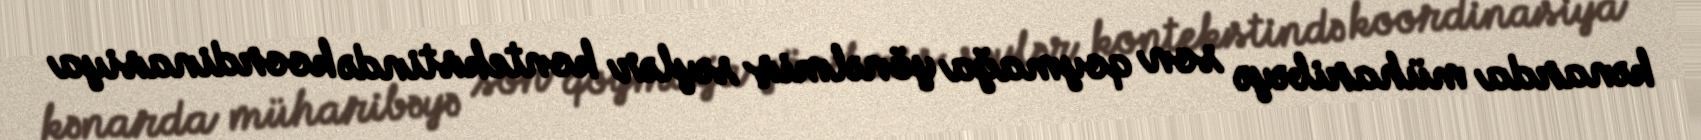
kənarda müharibəyə son qoymağa yönəlmiş səylər kontekstində koordinasiya